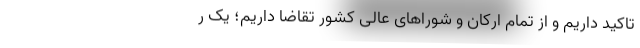
تاکید داریم و از تمام ارکان و شوراهای عالی کشور تقاضا داریم؛ یک ر